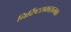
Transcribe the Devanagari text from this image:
निर्दिष्टसकारात्मक